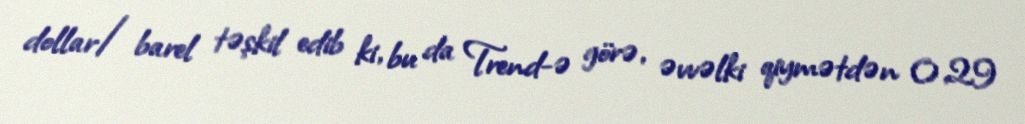
dollar/barel təşkil edib ki, bu da Trend-ə görə, əvvəlki qiymətdən 0,29